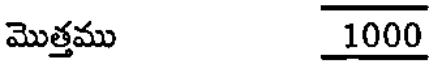
మొత్తము 1000